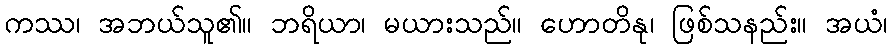
ကဿ၊ အဘယ်သူ၏။ ဘရိယာ၊ မယားသည်။ ဟောတိနု၊ ဖြစ်သနည်း။ အယံ၊